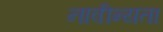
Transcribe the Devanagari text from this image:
नावीन्यता